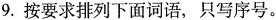
9.按要求排列下面词语，只写序号。